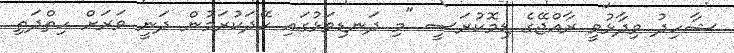
ޝާހިދު ވިދާޅުވީ ރާއްޖޭގެ ޑިމޮކުރަސީ "މި ދަނޑިވަޅުގައި ހޭދަކުރަމުން ދަނީ ވަރަށް ހިތްދަތި